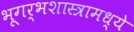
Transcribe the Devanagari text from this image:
भूगर्भशास्त्रामध्ये